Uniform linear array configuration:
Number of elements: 48
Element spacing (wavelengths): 1
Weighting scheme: cosine
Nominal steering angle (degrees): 30
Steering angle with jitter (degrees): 30.481
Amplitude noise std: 0.05
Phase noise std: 0.05

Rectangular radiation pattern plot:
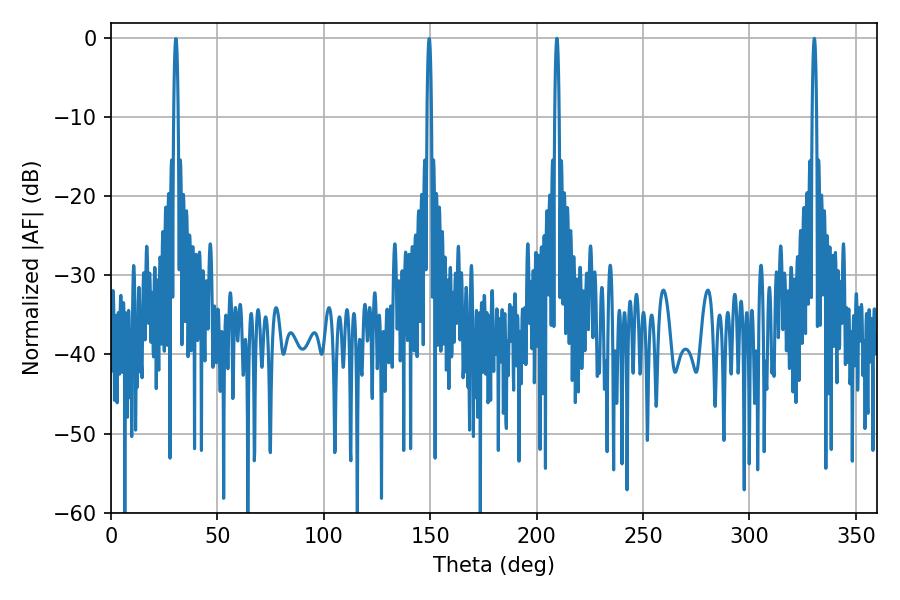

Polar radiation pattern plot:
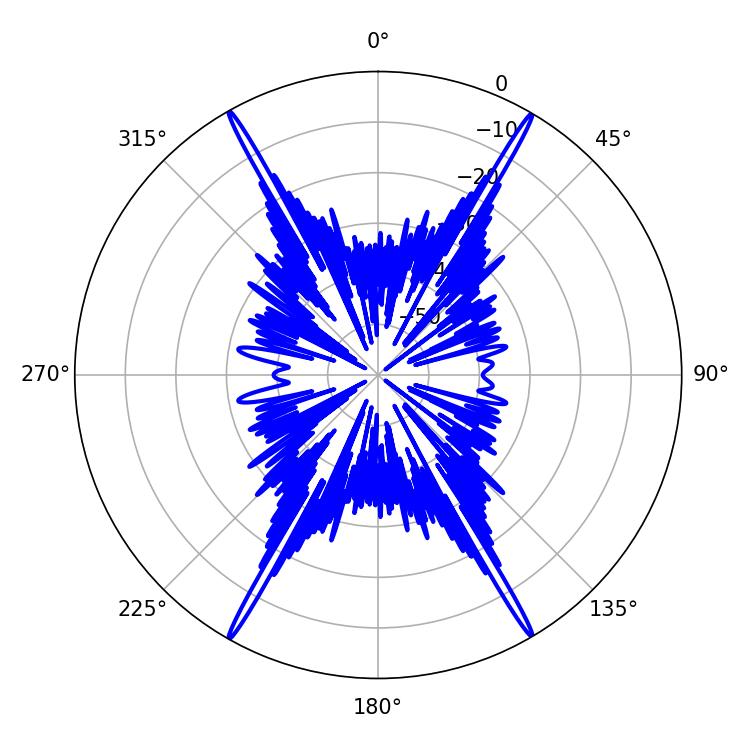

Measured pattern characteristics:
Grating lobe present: TRUE
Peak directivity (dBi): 33.55
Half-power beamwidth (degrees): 1.08
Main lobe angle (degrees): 209.52